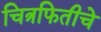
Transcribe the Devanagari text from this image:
चित्रफितीचे